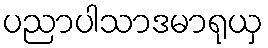
ပညာပါသာဒမာရုယှ